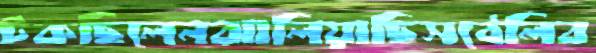
টকছিলেনঝালিয়াছিসঠেলিব